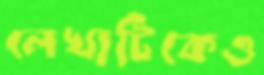
লেখাটিকেও